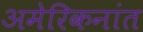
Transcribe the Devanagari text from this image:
अमेरिकनांत